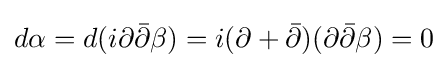
d\alpha =d(i\partial {\bar {\partial }}\beta )=i(\partial +{\bar {\partial }})(\partial {\bar {\partial }}\beta )=0